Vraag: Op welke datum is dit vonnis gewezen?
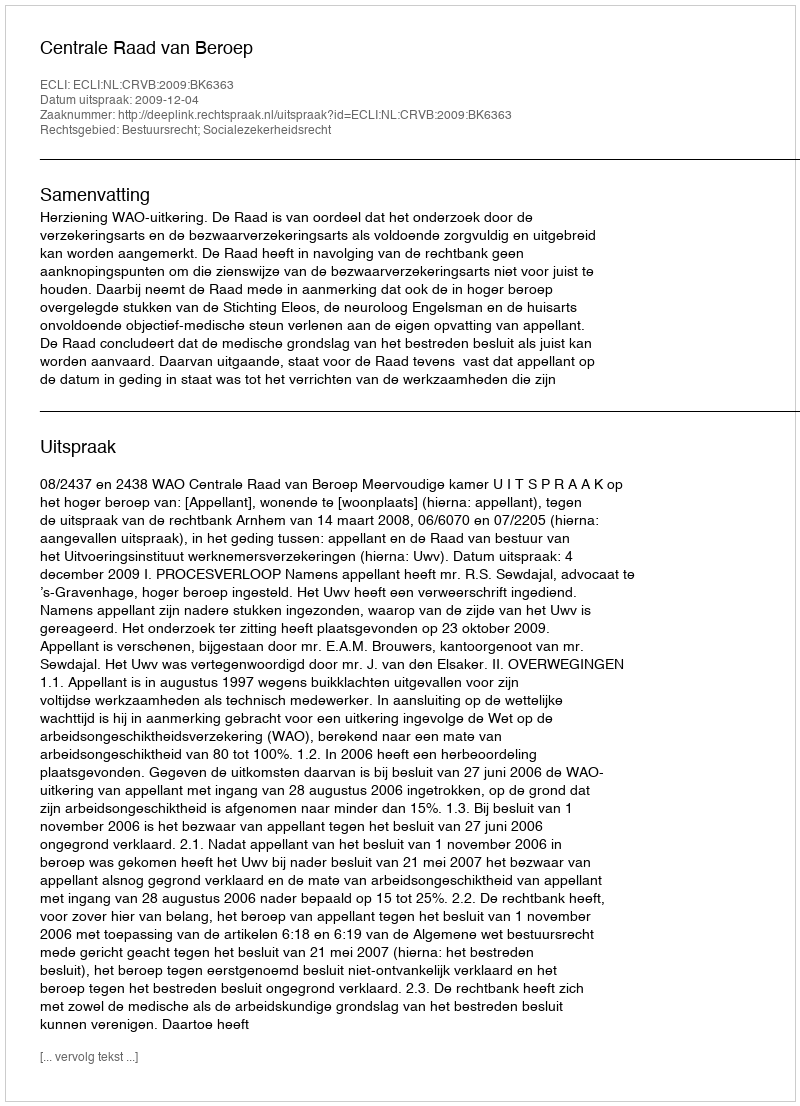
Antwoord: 2009-12-04